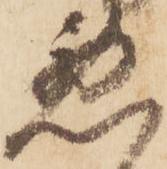
悪